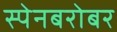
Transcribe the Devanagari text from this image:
स्पेनबरोबर